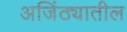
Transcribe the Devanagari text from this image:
अजिंठ्यातील